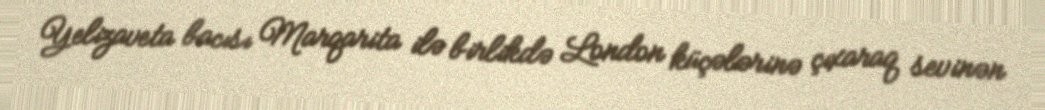
Yelizaveta bacısı Marqarita ilə birlikdə London küçələrinə çıxaraq sevinən